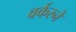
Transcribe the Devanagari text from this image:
वर्करने